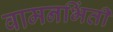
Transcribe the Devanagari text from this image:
वामनभिंती